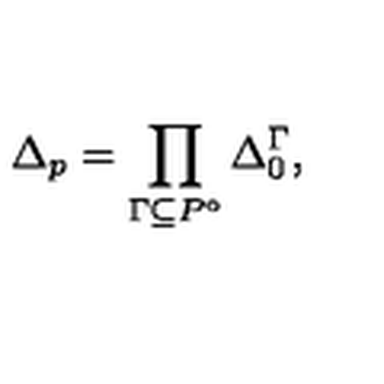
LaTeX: \Delta _ { p } = \prod _ { \Gamma \subseteq P ^ { \circ } } \Delta _ { 0 } ^ { \Gamma } ,